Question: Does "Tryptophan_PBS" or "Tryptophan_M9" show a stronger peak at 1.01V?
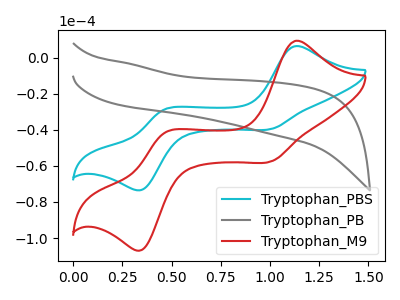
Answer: <think>The cyan curve "Tryptophan_PBS" has anodic peaks at (1.15V, 6.45uA) (0.45V, -28.55uA) and cathodic peaks at (1.00V, -39.45uA) (0.35V, -73.20uA). The gray curve "Tryptophan_PB" has no peaks. The red curve "Tryptophan_M9" has anodic peaks at (1.15V, 9.40uA) (0.45V, -41.55uA) and cathodic peaks at (1.00V, -57.40uA) (0.35V, -106.50uA).</think>
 <answer>The peak at 1.01V is lower in "Tryptophan_PBS" than in "Tryptophan_M9".</answer>
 <eval>lower</eval>